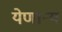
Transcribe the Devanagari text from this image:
येणार्‍य